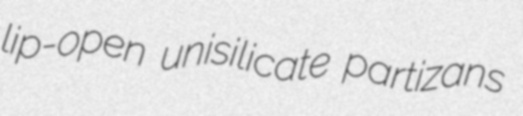
lip-open unisilicate partizans